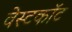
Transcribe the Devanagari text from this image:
वेस्टकॉट